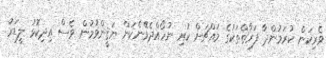
ވެރިކަން ކުރަމުންދާ ފަރާތްތަކުގެ މައްޗަށް ކުރި ނުހޯއްދެވޭނެކަން ޔަޤީންވުމުން ވެސް އިދިކޮޅު ލީޑަރު